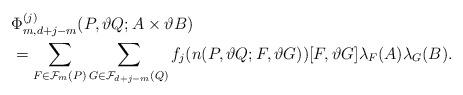
LaTeX: \begin{align*} &\Phi_{m,d+j-m}^{(j)}(P,\vartheta Q;A\times\vartheta B)\\ &= \sum_{F \in {\cal F}_{m}(P)} \sum_{G \in {\cal F}_{d+j-m}(Q)} f_j(n(P,\vartheta Q;F,\vartheta G)) [F, \vartheta G]\lambda_F(A)\lambda_G(B). \end{align*}